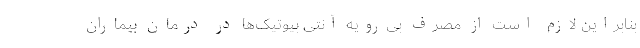
بنابراین لازم است از مصرف بی‌رویه آنتی بیوتیک‌ها در درمان بیماران